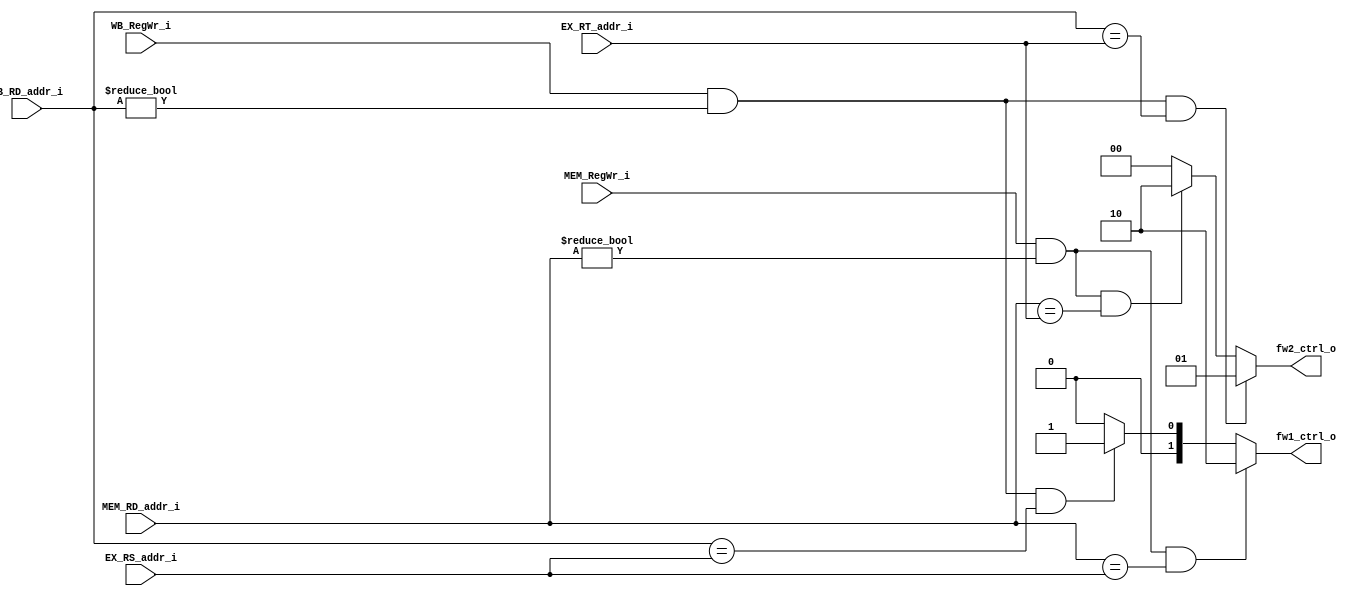
module Forward_Unit
(
    EX_RS_addr_i, EX_RT_addr_i,
    MEM_RD_addr_i, WB_RD_addr_i,
    MEM_RegWr_i, WB_RegWr_i,
    fw1_ctrl_o, fw2_ctrl_o
);

/* Ports */
input   [4:0]   EX_RS_addr_i, EX_RT_addr_i;
input   [4:0]   MEM_RD_addr_i, WB_RD_addr_i;
input           MEM_RegWr_i, WB_RegWr_i;
output  [1:0]   fw1_ctrl_o, fw2_ctrl_o;

reg             fw1_ctrl_o, fw2_ctrl_o;

always @(*) begin
    if (MEM_RegWr_i && MEM_RD_addr_i != 5'd0 && MEM_RD_addr_i == EX_RS_addr_i)
        fw1_ctrl_o <= 2'b10;
    else if (WB_RegWr_i && WB_RD_addr_i != 5'd0 && WB_RD_addr_i == EX_RS_addr_i)
        fw1_ctrl_o <= 2'b01;
    else
        fw1_ctrl_o <= 2'b00;

    if (WB_RegWr_i && WB_RD_addr_i != 5'd0 && WB_RD_addr_i == EX_RT_addr_i)
        fw2_ctrl_o <= 2'b01;
    else if (MEM_RegWr_i && MEM_RD_addr_i != 5'd0 && MEM_RD_addr_i == EX_RT_addr_i)
        fw2_ctrl_o <= 2'b10;
    else
        fw2_ctrl_o <= 2'b00;
end

endmodule